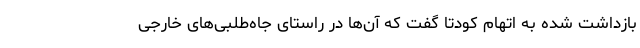
بازداشت شده به اتهام کودتا گفت که آن‌ها در راستای جاه‌طلبی‌های خارجی